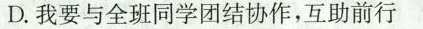
D.我要与全班同学团结协作，互助前行